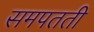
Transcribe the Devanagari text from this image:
समपतती